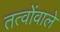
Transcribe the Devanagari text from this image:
तत्वोंवाले